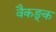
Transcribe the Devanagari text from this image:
वैकङ्क